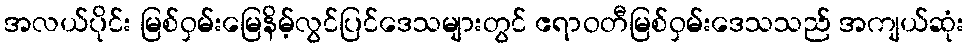
အလယ်ပိုင်း မြစ်ဝှမ်းမြေနိမ့်လွင်ပြင်ဒေသများတွင် ဧရာဝတီမြစ်ဝှမ်းဒေသသည် အကျယ်ဆုံး